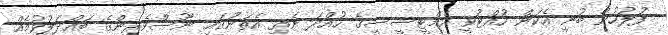
ފުލުހުން ބުނީ އެކަން ހުއްޓުވީ އެމްޓީސީސީގެ ހުއްދަ ނެތި އެތަނުގައި ނޫސްވެރިންގެ ބައްދަލުވުމެއް